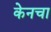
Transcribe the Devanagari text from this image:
केनचा